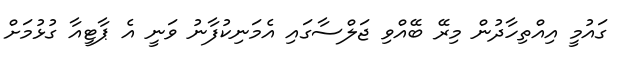
ގައުމީ އިއްތިހާދުން މިރޭ ބޭއްވި ޖަލްސާގައި އެމަނިކުފާނު ވަނީ އެ ޕާޓީއާ ގުޅުމަށް